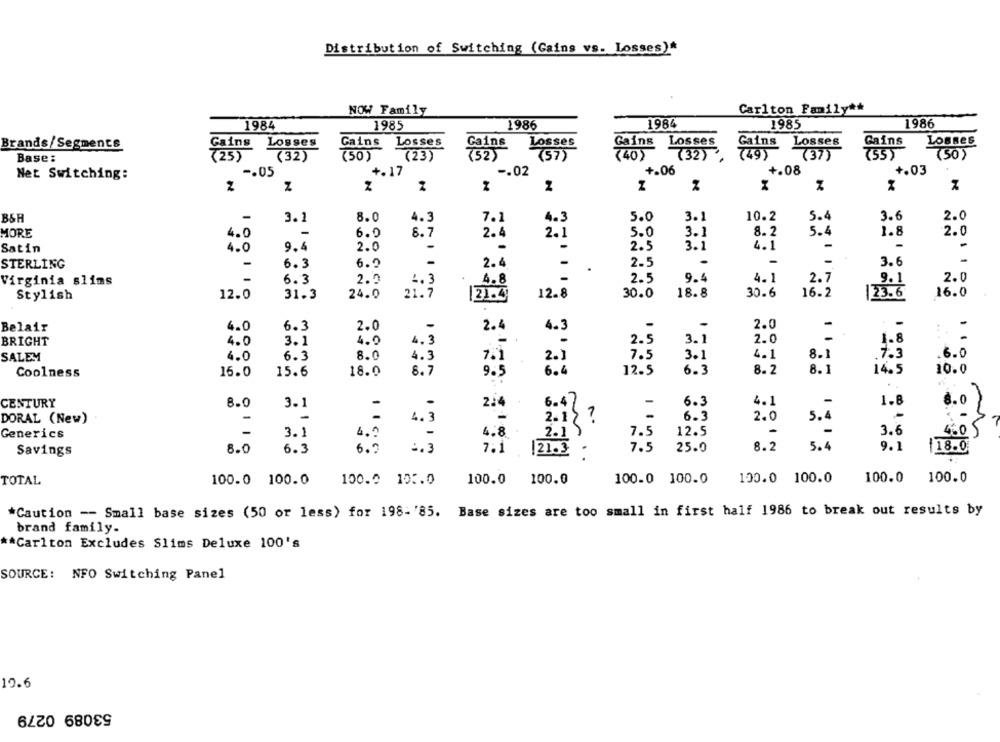
Distribution of Switching (Gains vs. Losses)*
NOW Family
Carlton Family **
1984
1985
1986
1984
1985
1986
Losses
Losses
Brands/Segments
Ling
Losses
ins
Losses
Losses
Gains
Losses
Gains
Gains
(25)
(32)
(23)
(40)
(32)
(37)
(50)
Base:
-. 02
+.06
+.08
+.03
Net Switching:
-. 05
+.17
Z
H
-
2.0
BSH
3.1
8.0
4.3
7.1
4.3
5.0
3.1
10.2
5.4
3.6
1.8
MORE
4.0
-
6.0
8.7
2.4
2.1
5.0
3.1
8.2
5.4
2.0
Satin
4.0
9.4
2.0
-
-
-
2.5
3.1
4.1
STERLING
-
6.3
6.9
-
2.4
-
2.5
3.6
Virginia slims
6.3
2.0
4.3
4.8
2.5
9.4
4.]
2.7
9.1
2.0
Stylish
12.0
31.3
24.0
21.7
21.4
12.8
30.0
18.8
30.6
16.2
|23.6
16.0
6.3
2.0
2.0
Belair
4.0
-
2.4
4.3
-
BRIGHT
4.0
3.1
4.0
4.3
2.5
3.1
2.0
1.8
SALEM
4.0
6.3
8.0
4.3
7.5
3.1
4.1
8.1
.7.3
.6.0
7.1
2.1
18.0
8.7
6.4
12.5
6.3
8.2
8. 1
14.5
10.0
Coolness
16.0
15.6
9.5
1.8
8.0
CENTURY
8.0
3.1
-
214
6.47
6.3
4.1
-
-
-
DORAL (New)
4. 3
2. 1 2 .
6.3
2.0
5.4
4,0
2. 1 5
7.5
12.5
3.6
Generics
-
3.1
4.8
-
4.0 5
5.4
9.1
Savings
8.0
6.3
6.2
2.3
7.1
21.3 .
7.5
25.0
8.2
118.0
TOTAL
100.0 100.0
100.0 10 :. 0
100.0 100.0
100.0 100.0
100.0 100.0
100.0
100.0
*Caution -- Small base sizes (50 or less) for 198-'85. Base sizes are too small in first half 1986 to break out results by
brand family.
** Carlton Excludes Slims Deluxe 100's
SOURCE: NFO Switching Panel
19.6
53089 0279